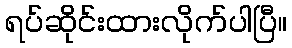
ရပ်ဆိုင်းထားလိုက်ပါပြီ။